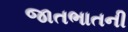
જાતભાતની